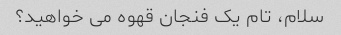
سلام، تام یک فنجان قهوه می خواهید؟